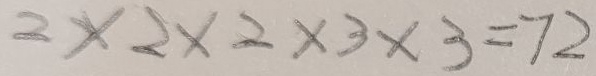
2 \times 2 \times 2 \times 3 \times 3 = 7 2